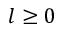
l \ge 0